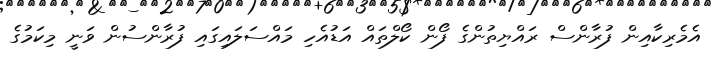
އެމެރިކާއިން ފުރާންސް ރައްޔިތުންގެ ފޯން ކޯލްތަައް އަޑުއެހި މައްސަލައިގައި ފުރާންސުން ވަނީ މިކަމުގެ